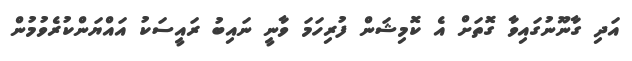
އަދި ގާނޫނުގައިވާ ގޮތަށް އެ ކޮމިޝަން ފުރިހަމަ ވާނީ ނައިބު ރައީސަކު އައްޔަންކުރެވުމުން